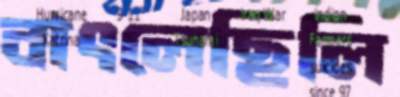
বাৎলেছিলি